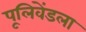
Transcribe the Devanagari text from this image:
पूलिवेंडला